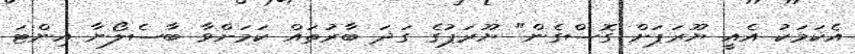
އެކަމަކު އެއީ ޔޫރަޕަށް ގޮސްގެން" ޔޫރަޕުގެ ގަދަ ބާރުތައް ކަމަށްވާ ބާސެލޯނާ އިންޓަ